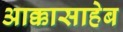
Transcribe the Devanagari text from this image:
आक्कासाहेब